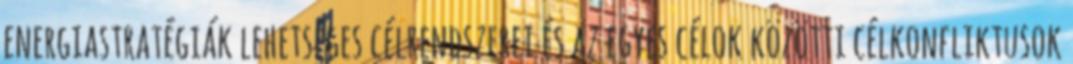
energiastratégiák lehetséges célrendszerei és az egyes célok közötti célkonfliktusok